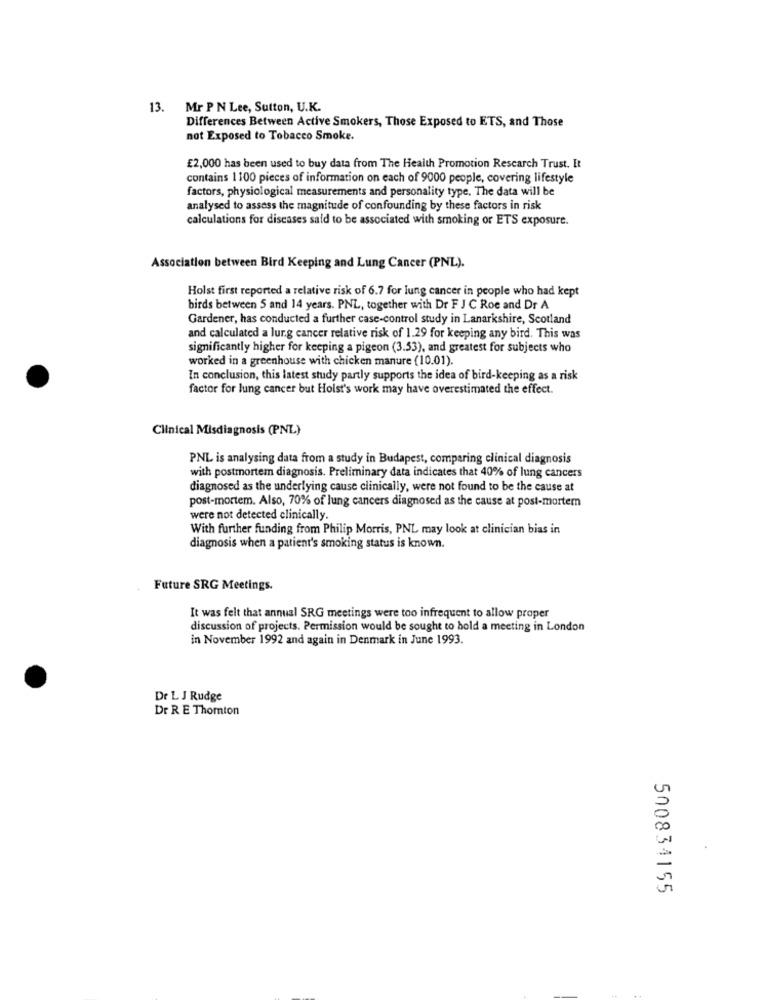
13. Mr P N Lee, Sutton, U.K.
Differences Between Active Smokers, Those Exposed to ETS, and Those
not Exposed to Tobacco Smoke.
£2,000 has been used to buy data from The Health Promotion Rescarch Trust. It
contains 1100 pieces of information on each of 9000 people, covering lifestyle
factors, physiological measurements and personality type. The data will be
analysed to assess the magnitude of confounding by these factors in risk
calculations for diseases said to be associated with smoking or ETS exposure.
Association between Bird Keeping and Lung Cancer (PNL).
Holst first reported a relative risk of 6.7 for lung cancer in people who had kept
birds between 5 and 14 years. PNL, together with Dr F J C Roe and Dr A
Gardener, has conducted a further case-control study in Lanarkshire, Scotland
and calculated a lurg cancer relative risk of 1.29 for keeping any bird. This was
significantly higher for keeping a pigeon (3.53), and greatest for subjects who
worked in a greenhouse with chicken manure (10.01).
In conclusion, this latest study partly supports the idea of bird-keeping as a risk
factor for lung cancer but Holst's work may have overestimated the effect.
Clinical Misdiagnosis (PNL)
PNL is analysing data from a study in Budapest, comparing clinical diagnosis
with postmortem diagnosis. Preliminary data indicates that 40% of lung cancers
diagnosed as the underlying cause clinically, were not found to be the cause at
post-mortem. Also, 70% of lung cancers diagnosed as the cause at post-mortem
were not detected clinically.
With further funding from Philip Morris, PNL may look at clinician bias in
diagnosis when a patient's smoking status is known.
Future SRG Meetings.
It was felt that annual SRG meetings were too infrequent to allow proper
discussion of projects. Permission would be sought to hold a meeting in London
in November 1992 and again in Denmark in June 1993.
Dr L J Rudge
Dr R E Thornton
500834155